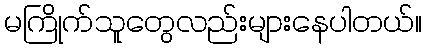
မကြိုက်သူတွေလည်းများနေပါတယ်။